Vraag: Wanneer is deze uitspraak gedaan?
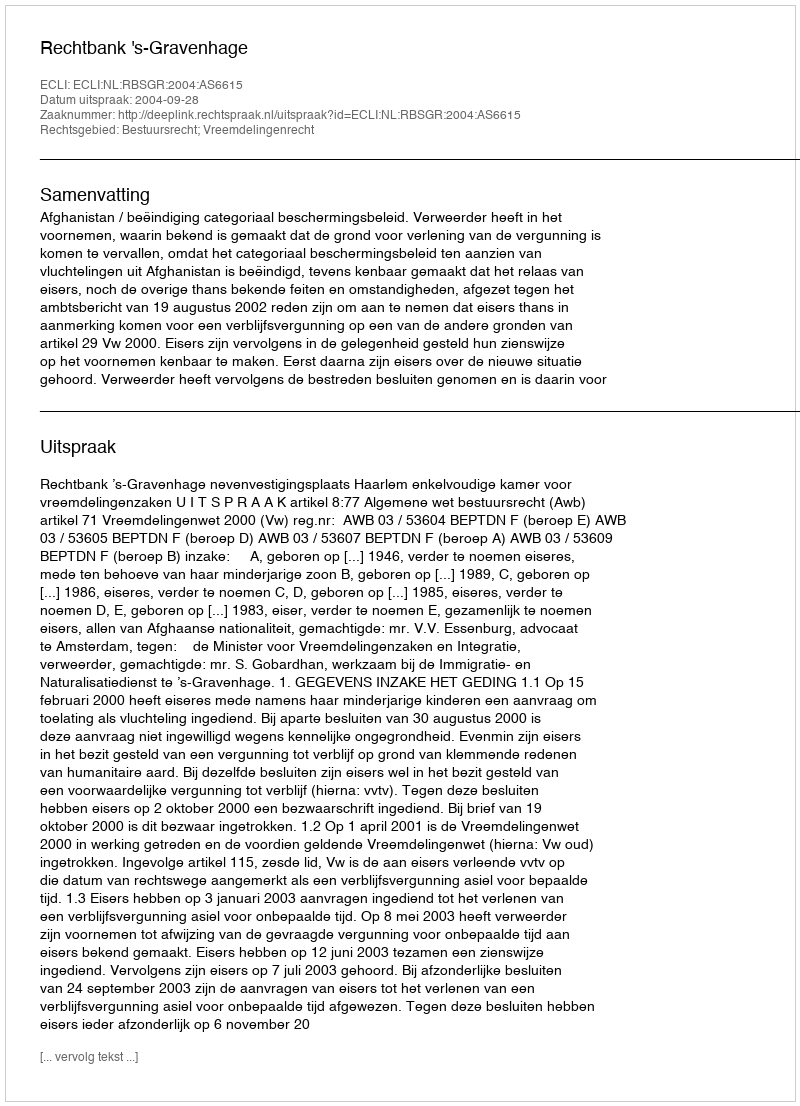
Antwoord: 2004-09-28